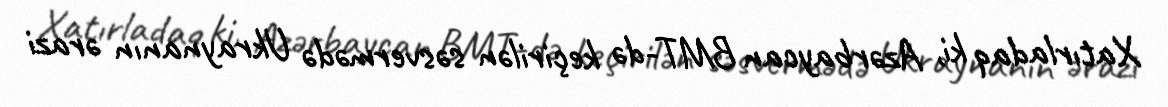
Xatırladaq ki, Azərbaycan BMT-də keçirilən səsvermədə Ukraynanın ərazi